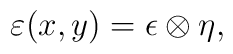
{\varepsilon (x, y) = \epsilon \otimes \eta ,}